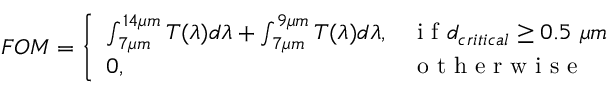
F O M = \left\{ \begin{array} { l l } { \int _ { 7 \mu m } ^ { 1 4 \mu m } T ( \lambda ) d \lambda + \int _ { 7 \mu m } ^ { 9 \mu m } T ( \lambda ) d \lambda , } & { \mathrm { ~ i ~ f ~ } d _ { c r i t i c a l } \geq 0 . 5 ~ \mu m } \\ { 0 , } & { \mathrm { ~ o ~ t ~ h ~ e ~ r ~ w ~ i ~ s ~ e ~ } } \end{array} \right.